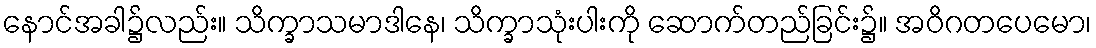
နောင်အခါ၌လည်း။ သိက္ခာသမာဒါနေ၊ သိက္ခာသုံးပါးကို ဆောက်တည်ခြင်း၌။ အဝိဂတပေမော၊